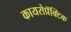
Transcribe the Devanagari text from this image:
कायरोप्रॅक्टिक